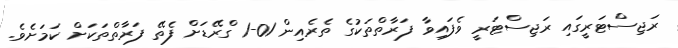
ރަޖިސްޓަރީގައި ރަޖިސްޓަރީ ވެފައިވާ ފަރާތްތަކުގެ ތެރެއިން 01-1 ގްރޭޑަށް ފެތޭ ފަރާތްތަކަށް ކަމަށެވެ.